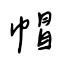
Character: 帽